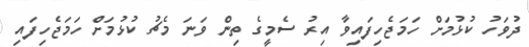
ދުވަހު ކުޅުމަށް ހަމަޖެހިފައިވާ އިރު ސެމީގެ ތިން ވަނަ މެޗު ކުޅުމަށް ހަމަޖެހިފައި